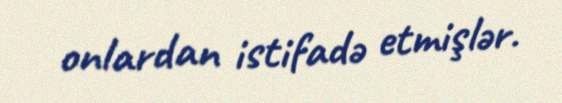
onlardan istifadə etmişlər.